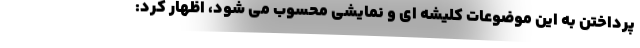
پرداختن به این موضوعات کلیشه ای و نمایشی محسوب می شود، اظهار کرد: